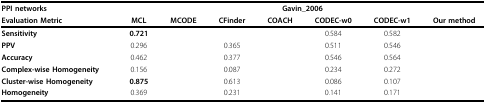
<table><thead><tr><td><b>PPI networks</b></td><td colspan="7"><b>Gavin_2006</b></td></tr><tr><td><b>Evaluation Metric</b></td><td><b>MCL</b></td><td><b>MCODE</b></td><td><b>CFinder</b></td><td><b>COACH</b></td><td><b>CODEC-w0</b></td><td><b>CODEC-w1</b></td><td><b>Our method</b></td></tr></thead><tbody><tr><td><b>Sensitivity</b></td><td><b>0.721</b></td><td>[EMPTY_CELL]</td><td>[EMPTY_CELL]</td><td>[EMPTY_CELL]</td><td>0.584</td><td>0.582</td><td>[EMPTY_CELL]</td></tr><tr><td><b>PPV</b></td><td>0.296</td><td>[EMPTY_CELL]</td><td>0.365</td><td>[EMPTY_CELL]</td><td>0.511</td><td>0.546</td><td>[EMPTY_CELL]</td></tr><tr><td><b>Accuracy</b></td><td>0.462</td><td>[EMPTY_CELL]</td><td>0.377</td><td>[EMPTY_CELL]</td><td>0.546</td><td>0.564</td><td>[EMPTY_CELL]</td></tr><tr><td><b>Complex-wise Homogeneity</b></td><td>0.156</td><td>[EMPTY_CELL]</td><td>0.087</td><td>[EMPTY_CELL]</td><td>0.234</td><td>0.272</td><td>[EMPTY_CELL]</td></tr><tr><td><b>Cluster-wise Homogeneity</b></td><td><b>0.875</b></td><td>[EMPTY_CELL]</td><td>0.613</td><td>[EMPTY_CELL]</td><td>0.086</td><td>0.107</td><td>[EMPTY_CELL]</td></tr><tr><td><b>Homogeneity</b></td><td>0.369</td><td>[EMPTY_CELL]</td><td>0.231</td><td>[EMPTY_CELL]</td><td>0.141</td><td>0.171</td><td>[EMPTY_CELL]</td></tr></tbody></table>